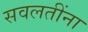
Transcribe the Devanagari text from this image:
सवलतींना